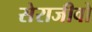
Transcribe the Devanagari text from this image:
सेराजीवो